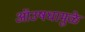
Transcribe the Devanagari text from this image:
ऑउषधामुळे